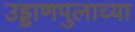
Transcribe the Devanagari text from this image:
उड्डाणपुलाच्या